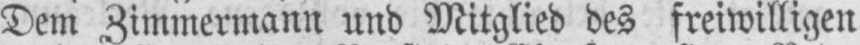
Dem Zimmermann und Mitglied des freiwilligen